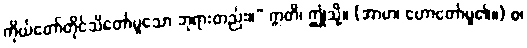
ကိုယ်တော်တိုင်သိတော်မူသော ဘုရားတည်း။” ဣတိ၊ ဤသို့။ (အာဟ၊ ဟောတော်မူ၏။) စ၊